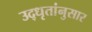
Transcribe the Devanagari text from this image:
उद्‌धृतांनुसार